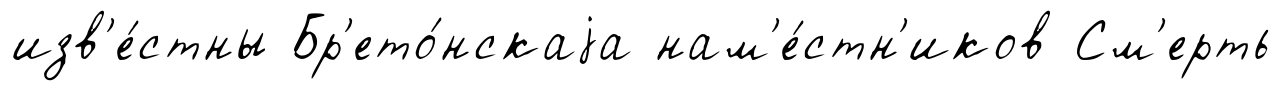
изв'е́стны Бр'ето́нскаjа нам'е́стн'иков См'ерть